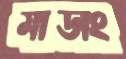
মাডাং